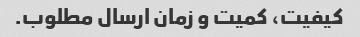
کیفیت، کمیت و زمان ارسال مطلوب.